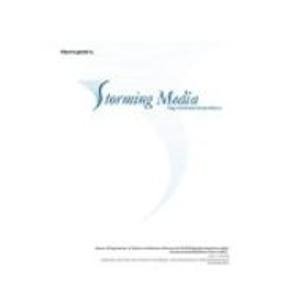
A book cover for Development and Calibration of a Torsional Engine Model for a Three- Cylinder, Two-Stroke Diesel Engine; James W. Hudson; Travel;